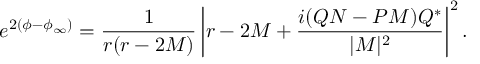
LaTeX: e ^ { 2 \left( \phi - \phi _ { \infty } \right) } = \frac { 1 } { r ( r - 2 M ) } \left| r - 2 M + \frac { i ( Q N - P M ) { \cal Q } ^ { * } } { | { \cal M } | ^ { 2 } } \right| ^ { 2 } .